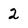
Character: 2